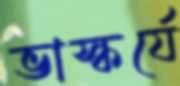
ভাস্কর্যে